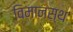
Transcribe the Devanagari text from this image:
विमानस्थ